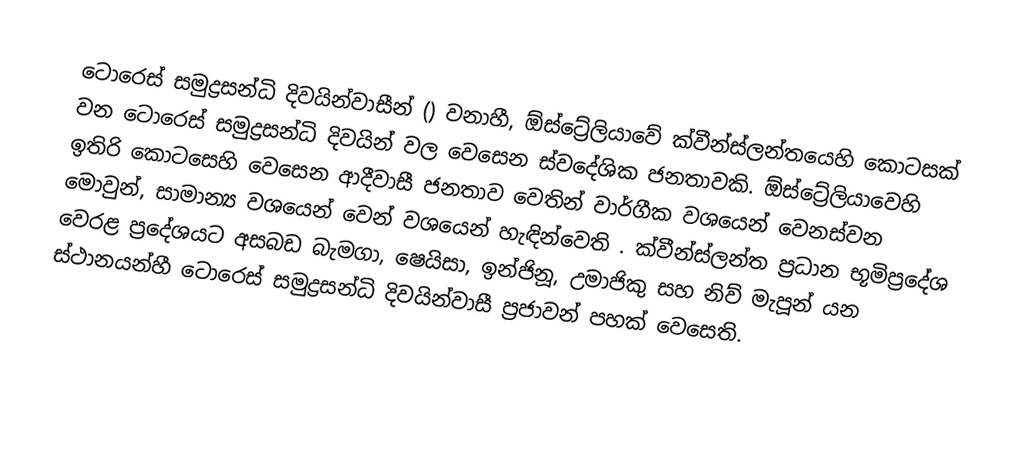
ටොරෙස් සමුද්‍රසන්ධි දිවයින්වාසීන් () වනාහී, ඕස්ට්‍රේලියාවේ ක්වීන්ස්ලන්තයෙහි කොටසක් වන ටොරෙස් සමුද්‍රසන්ධි දිවයින් වල වෙසෙන  ස්වදේශික ජනතාවකි. ඕස්ට්‍රේලියාවෙහි ඉතිරි කොටසෙහි වෙසෙන  ආදීවාසී ජනතාව වෙතින් වාර්ගීක වශයෙන් වෙනස්වන මොවුන්, සාමාන්‍ය වශයෙන්  වෙන් වශයෙන් හැඳින්වෙති . ක්වීන්ස්ලන්ත ප්‍රධාන භූමිප්‍රදේශ වෙරළ ප්‍රදේශයට අසබඩ  බැමගා, ෂෙයිසා, ඉන්ජිනූ, උමාජිකු සහ නිව් මැපූන් යන ස්ථානයන්හී ටොරෙස් සමුද්‍රසන්ධි දිවයින්වාසී ප්‍රජාවන් පහක් වෙසෙති.